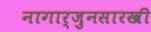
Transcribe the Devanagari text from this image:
नागार्जुनसारखी